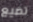
تضيع